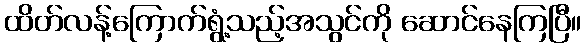
ထိတ်လန့်ကြောက်ရွံ့သည့်အသွင်ကို ဆောင်နေကြပြီ။